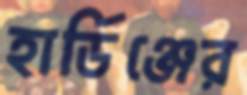
হার্ডিঞ্জের